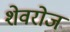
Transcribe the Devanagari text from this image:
शेवरोज